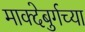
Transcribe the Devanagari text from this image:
माक्देबुर्गच्या